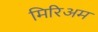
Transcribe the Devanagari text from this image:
मिरिअम